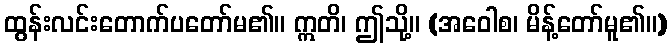
ထွန်းလင်းတောက်ပတော်မ၏။ ဣတိ၊ ဤသို့။ (အဝေါစ၊ မိန့်တော်မူ၏။)